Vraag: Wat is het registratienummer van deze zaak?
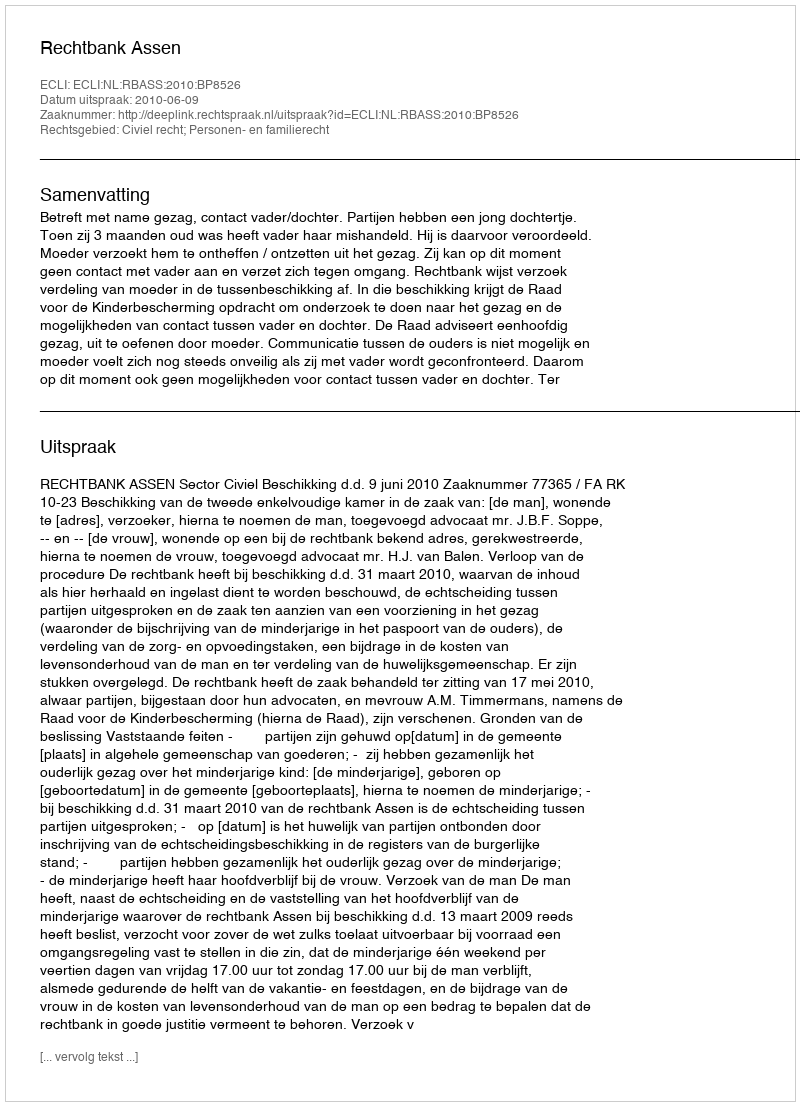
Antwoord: http://deeplink.rechtspraak.nl/uitspraak?id=ECLI:NL:RBASS:2010:BP8526